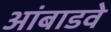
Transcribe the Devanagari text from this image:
आंबाडवे